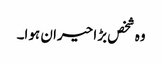
وہ شخص بڑا حیران ہوا۔